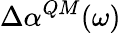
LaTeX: \Delta\alpha^{QM}(\omega)